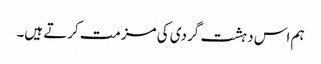
ہم اس دہشت گردی کی مزمت کرتے ہیں۔